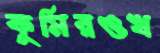
কুমিরওখ